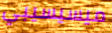
ميسيسيبي